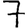
Digit: 7